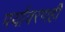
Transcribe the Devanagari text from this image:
पर्यावरणही